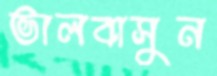
ভালবাসুন